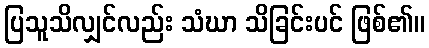
ပြသူသိလျှင်လည်း သံဃာ သိခြင်းပင် ဖြစ်၏။